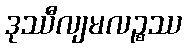
ဒုဿီလျမလဉ္စဿ